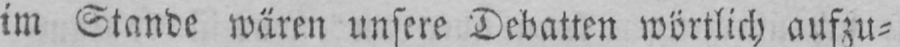
im Stande wären unsere Debatten wörtlich aufzu⸗